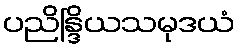
ပညိန္ဒြိယသမုဒယံ